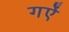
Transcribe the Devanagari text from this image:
गऐं